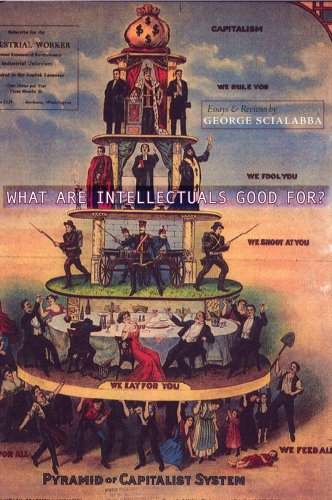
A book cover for What Are Intellectuals Good For?; George Scialabba; Literature & Fiction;